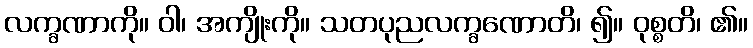
လက္ခဏာကို။ ဝါ၊ အကျိုးကို။ သတပုညလက္ခဏောတိ၊ ၍။ ဝုစ္စတိ၊ ၏။